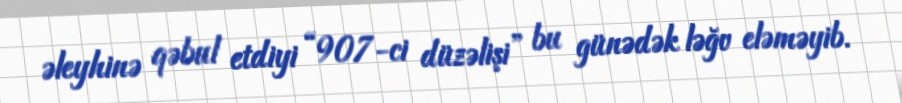
əleyhinə qəbul etdiyi “907-ci düzəlişi” bu günədək ləğv eləməyib.